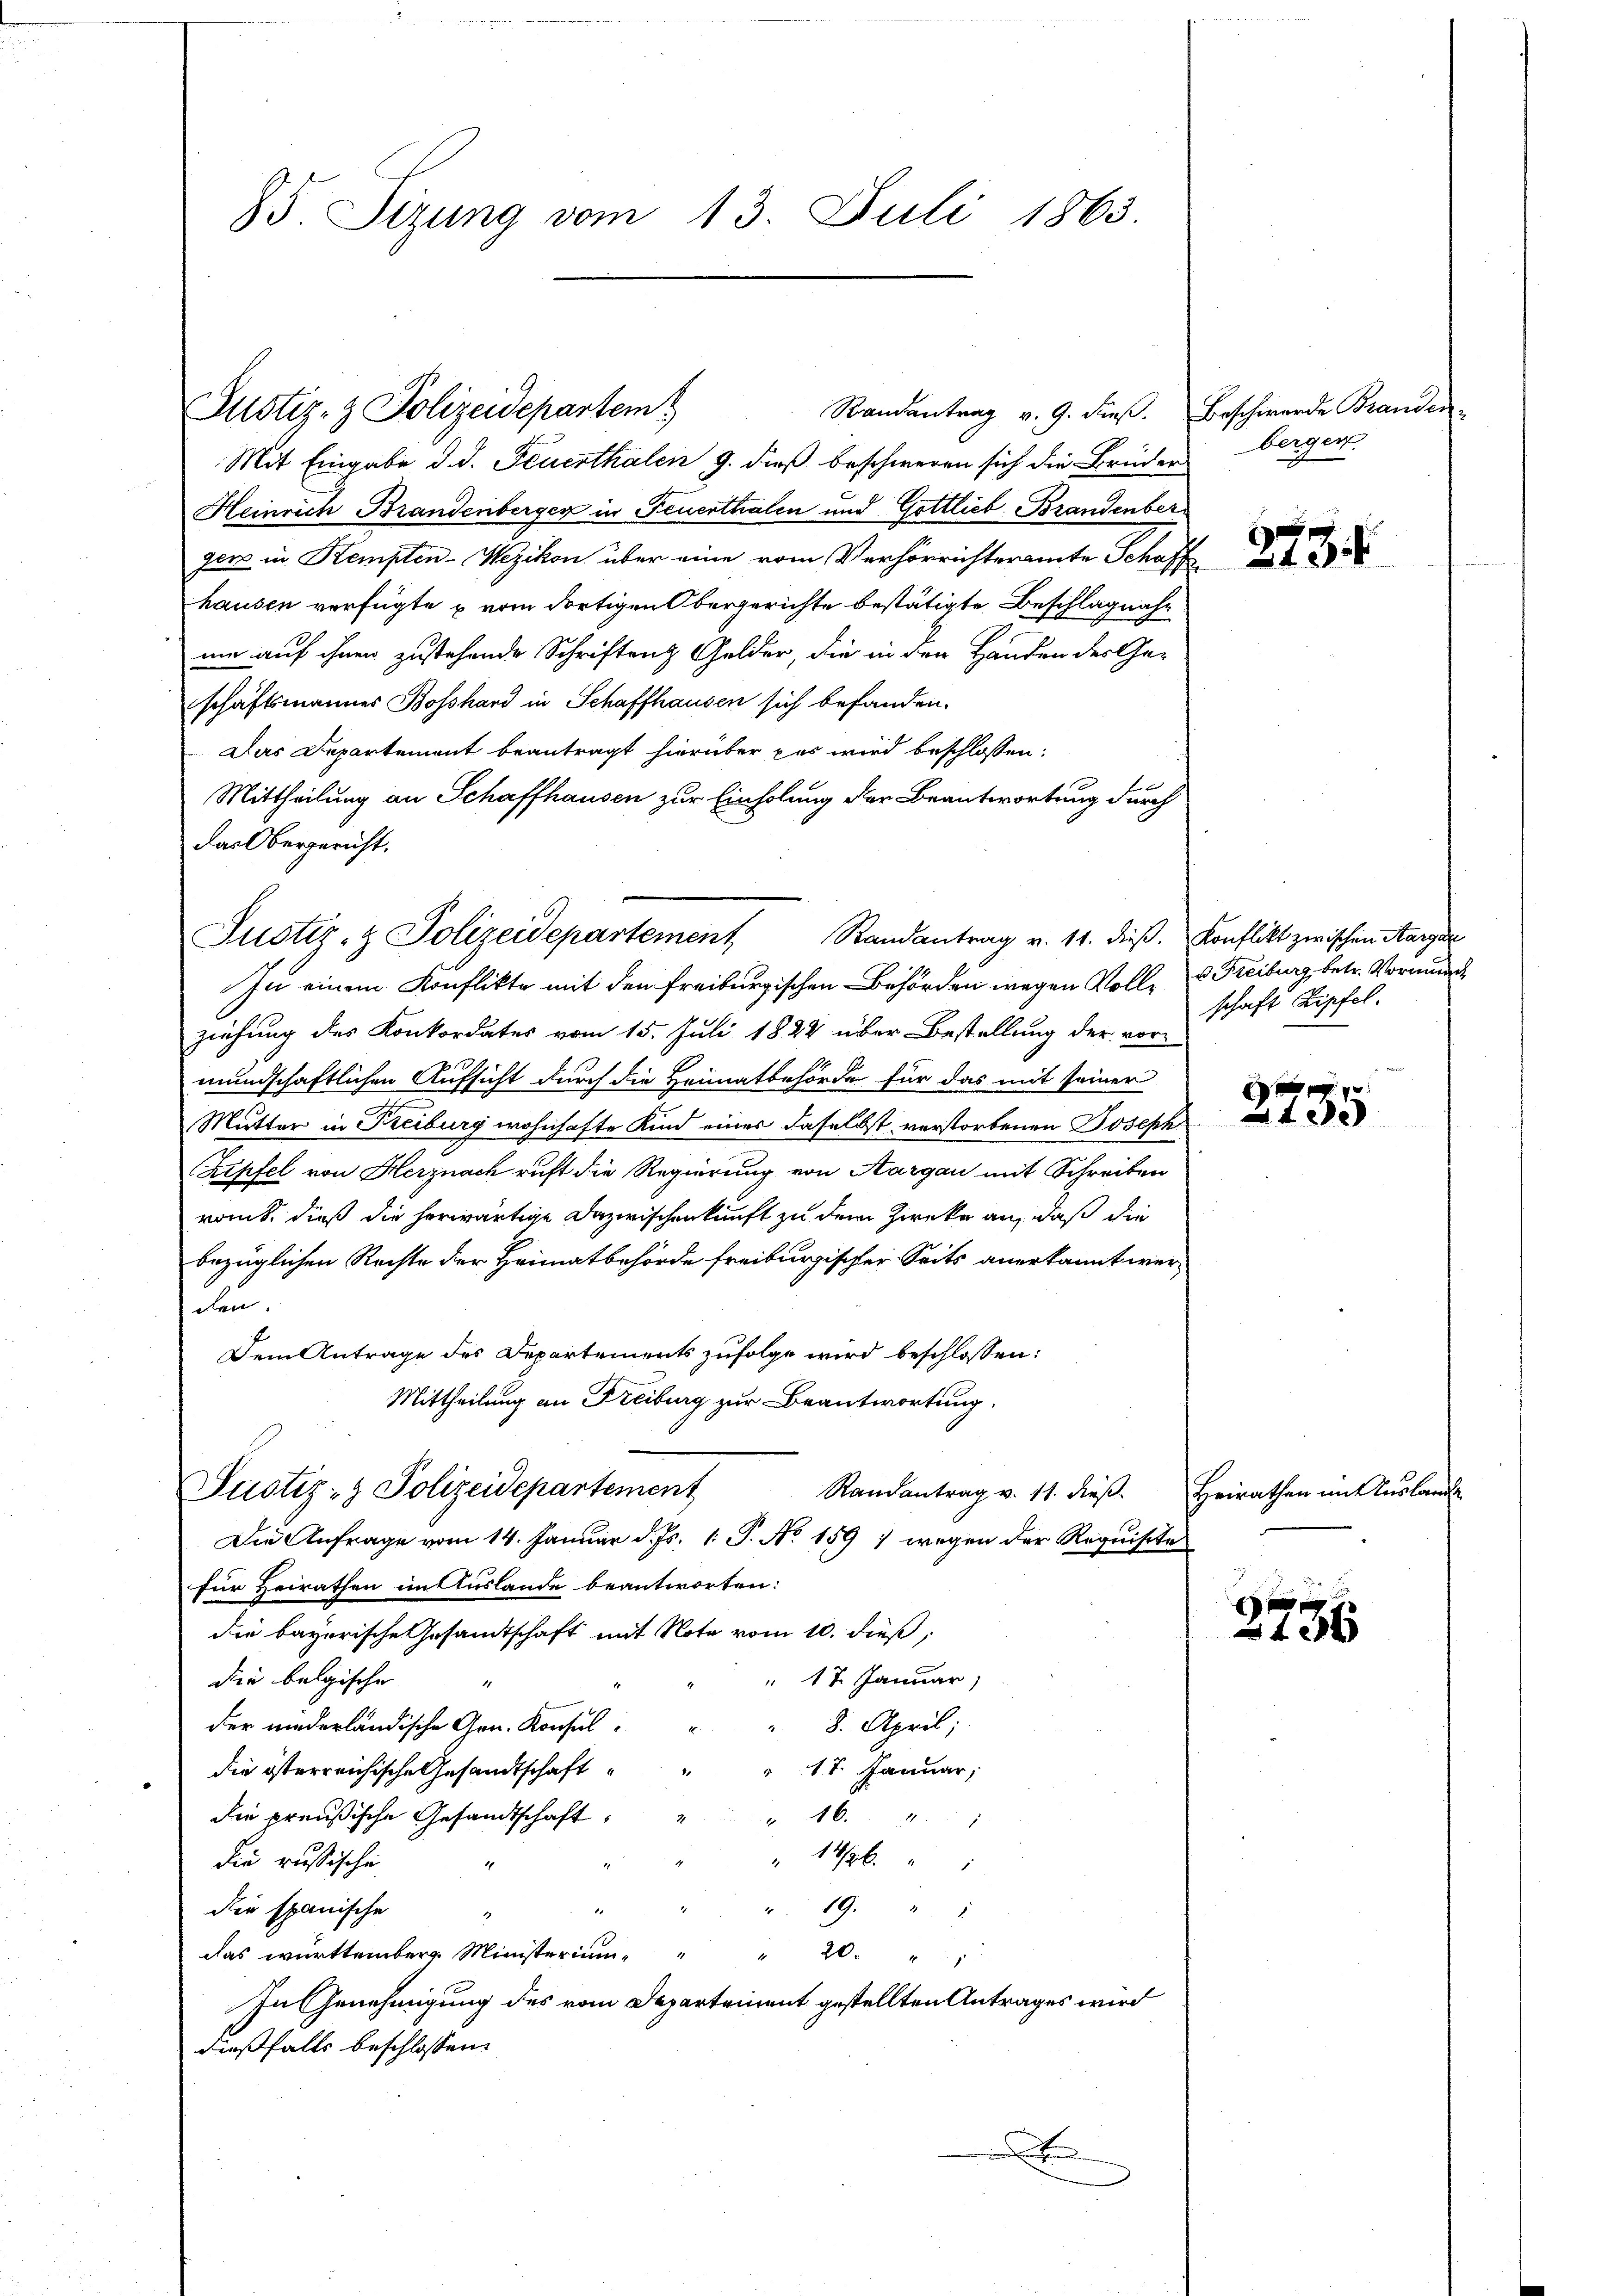
85. Sitzung vom 13. Juli 1863.

Justiz- & Polizeidepartem

Justiz- & Polizeidepartement Randantrag v. 11. dieβ. Konflikt zwischen Aarga

Justiz- & Polizeidepartement

Randantrag v. 9. dieβ. Beschwerde Branden
Mit Eingabe d. d. Feuerthalen 9. dieß beschweren sich die Brüder berger
Heinrich Brandenberger in Feuerthalen und Gottlieb. Brandenber
ger in Stempten-Wezikon über eine vom Verhörrichteramte Schaff
hausen verfügte u vom dortigen Obergerichte bestätigte Beschlagnah
ne auf ihnen zustehende Schriftenz Gelder, die in den Händen der Ge-
schäftsmannes Boßhard in Schaffhausen sich befanden.
Das Departement beantragt hierüber das wird beschlossen:
Mittheilung an Schaffhausen zur Einholung der Beantwortung durch
das Obergericht.

Zu einem Konflikte mit den Freiburgischen Behörden wegen Vollziehung des Konkordates vom 15. Juli 1824 über Bestellung der vormundschaftlichen Aufsicht durch die Heimatbehörde für das mit seiner
Mutter in Freiburg wohnhafte Kind einer daselbst verstorbenen Joseph
Kipfel von Herznach ruht die Regierung von Aargau mit Schreiben
romt, dieß die herwärtige Dazwischenkunft zu dem Zwecker an, daß die
bezüglichen Rechte der Heimatbehörde freiburgischer Seits anerkannt werden.
Dem Antrage des Departements zufolge wird beschlossen:
Mittheilung an Freiburg zur Beantwortung.
Randantrag v. 11. dieß
Die Anfrage vom 14. Januar d. Js. 1. P. No. 1591 wegen der Requisite
für Heirathen im Auslande beantworten:
die bayerische Gesandtschaft mit Note vom 10. dieß,
" 17. Januar)
die belgische
8. April;
der niederländische Gen. Konsuldie österreichische Gesandtschaft " " " 17. Januar,
die preußische Gesandtschaft " " 16. "
 1496
die russische
" 19. " "
die spanische
i
.
das württemberg Ministerium
20.
In Genehmigung des vom Departement gestellten Antrages wird
dießfalls beschlossen:

x

Heirathen mit Auslande

273.

u Freiburg betr. Vormunch
schaft Zipfel.

x
tee

f x
43x